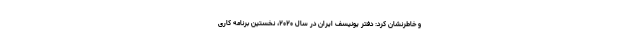
و خاطرنشان کرد: دفتر یونیسف ایران در سال ۲۰۲۰، نخستین برنامه کاری